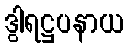
ဒွါရဋ္ဌပနာယ